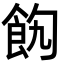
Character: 䬨